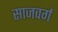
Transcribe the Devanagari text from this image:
साजवर्ग